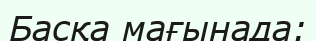
Басқа мағынада: